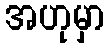
အဟုမှာ